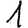
Digit: 1